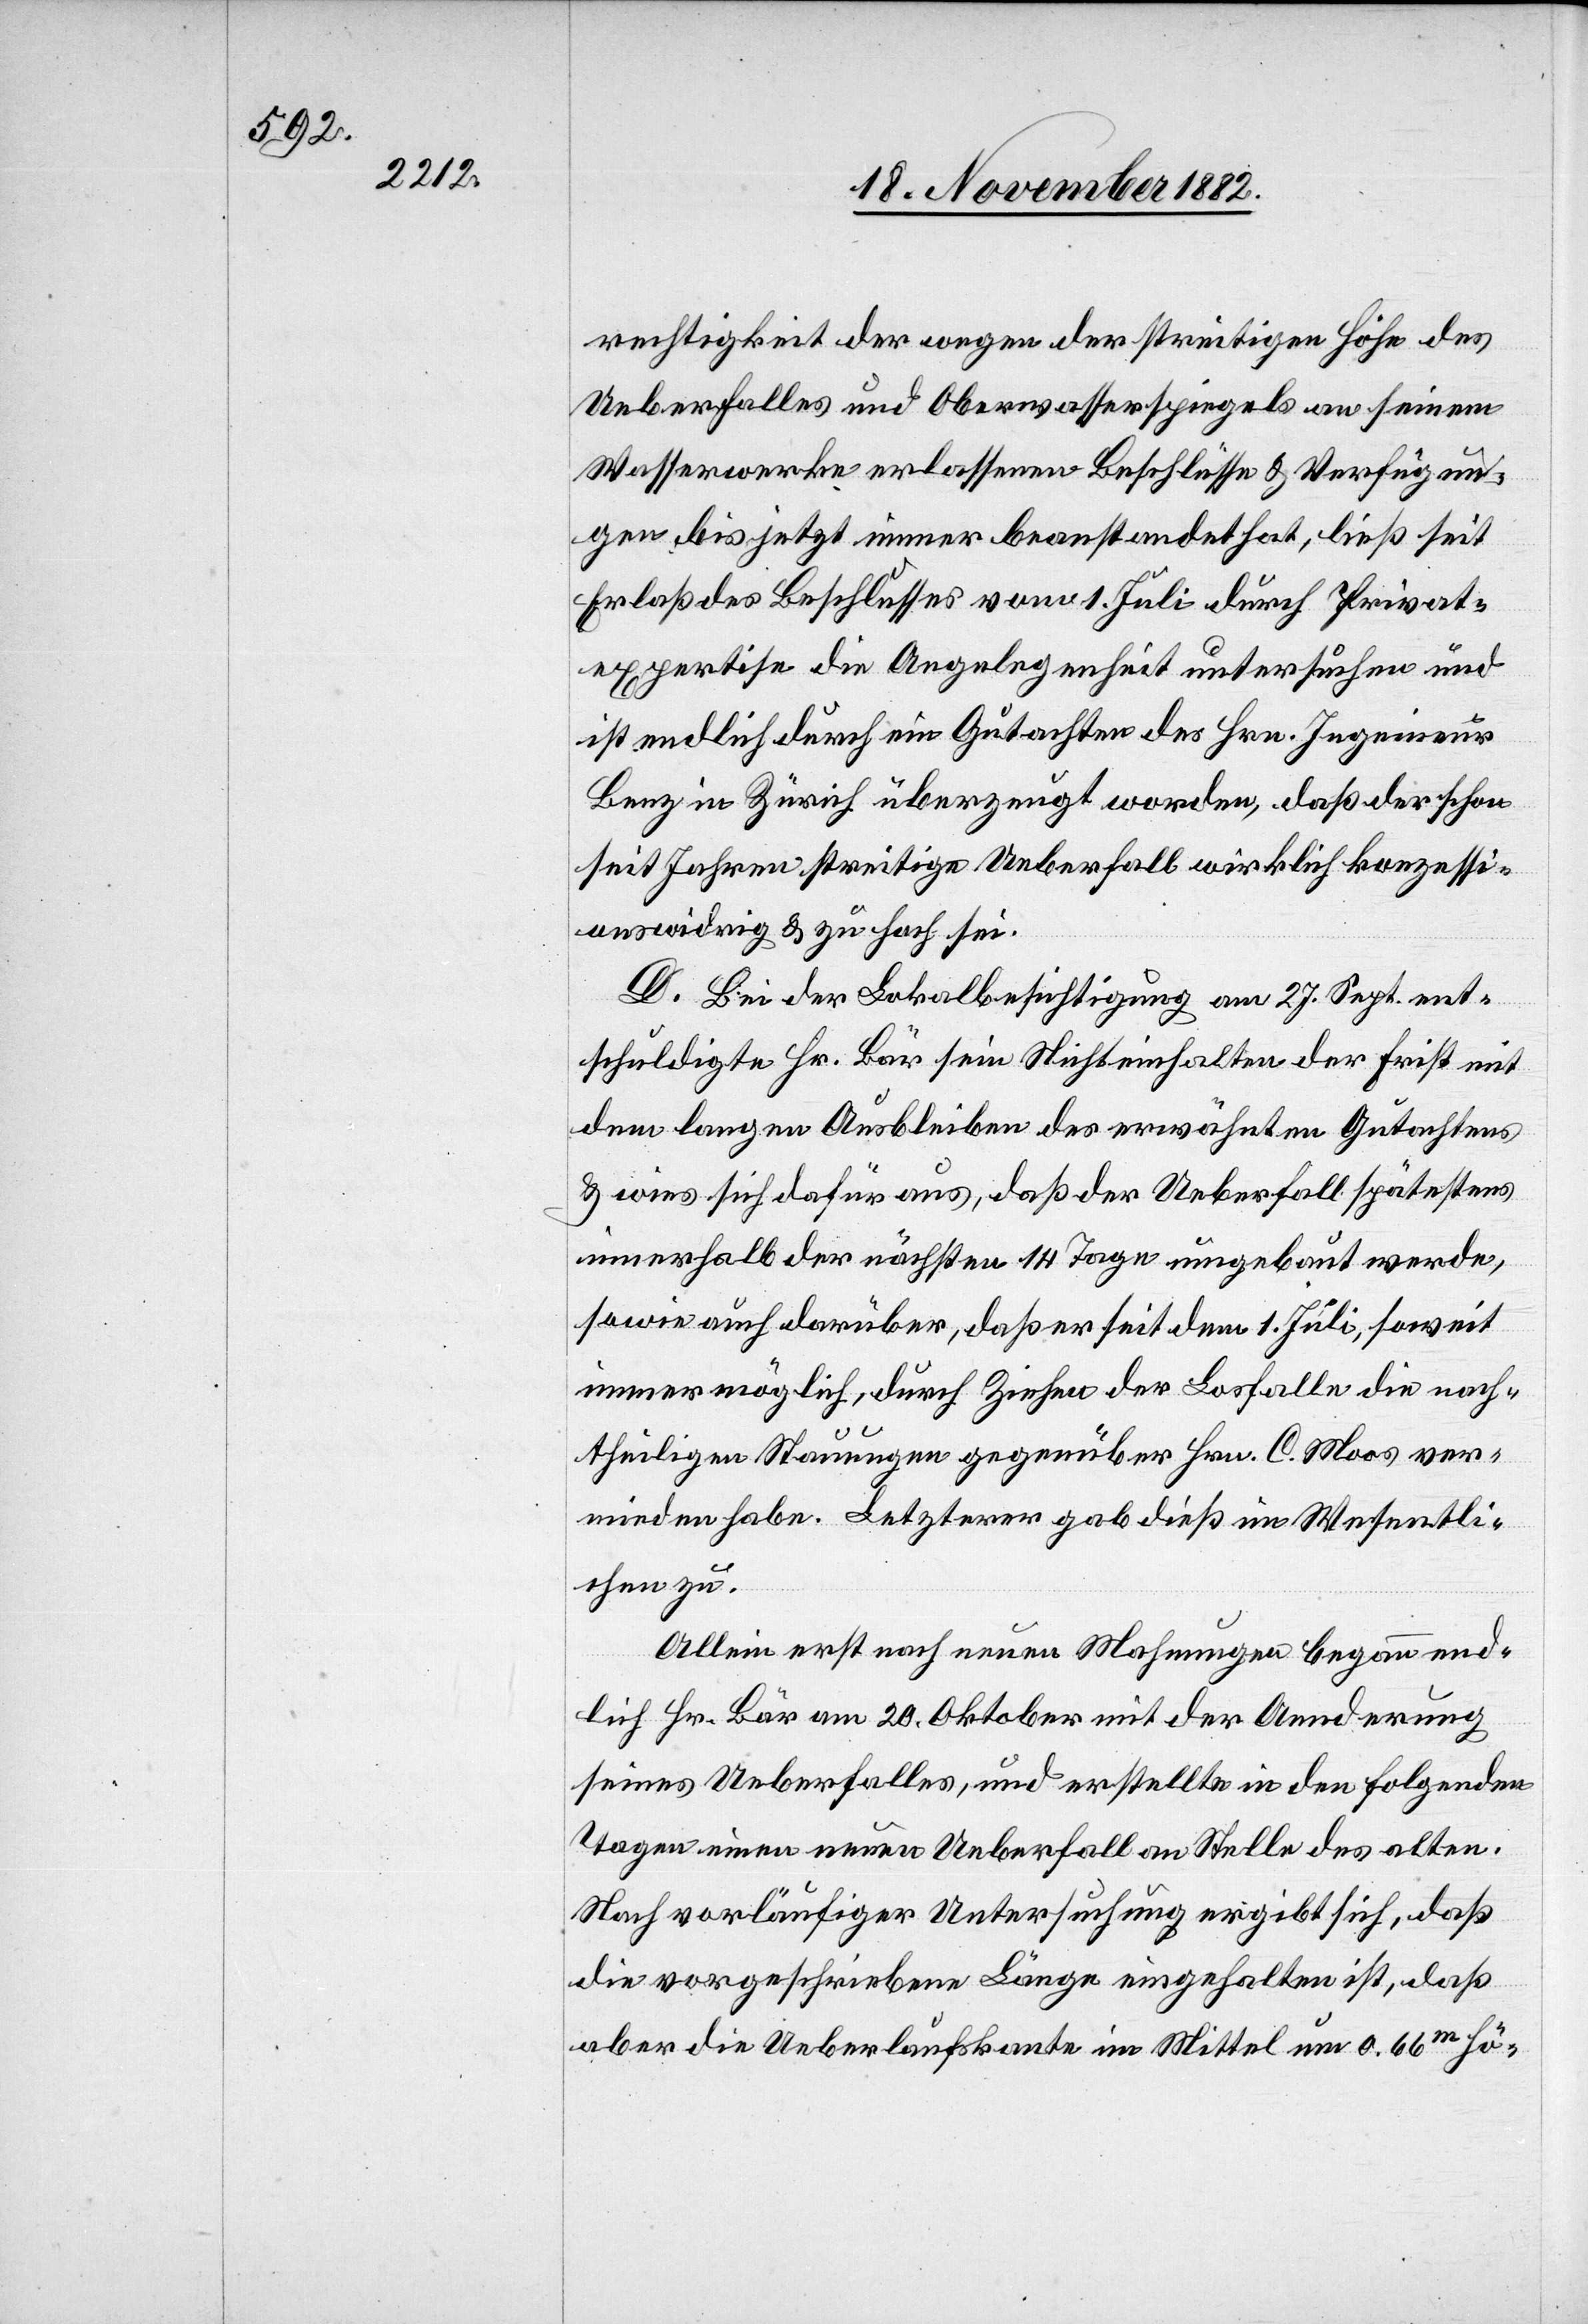
rechtigkeit der wegen der streitigen Höhe des
Ueberfalles und Oberwasserspiegels an seinem
Wasserwerke erlassenen Beschlüsse & Verfügun¬
gen bis jetzt immer beanstandet hat, ließ seit
Erlaß des Beschlusses vom 1. Juli durch Privat¬
expertise die Angelegenheit untersuchen und
ist endlich durch ein Gutachten des Hrn. Ingenieur
Benz in Zürich überzeugt worden, daß der schon
seit Jahren streitige Ueberfall wirklich konzessi¬
onswidrig & zu hoch sei.
D. Bei der Lokalbesichtigung am 27. Sept. ent¬
schuldigte Hr. Bär sein Nichteinhalten der Frist mit
dem langen Ausbleiben des erwähnten Gutachtens
& wies sich dafür aus, daß der Ueberfall spätestens
innerhalb der nächsten 14 Tage umgebaut werde,
sowie auch darüber, daß er seit dem 1. Juli, soweit
immer möglich, durch Ziehen der Losfalle die nach¬
theiligen Stauungen gegenüber Hrn. C. Moos ver¬
mieden habe. Letzterer gab dieß im Wesentli¬
chen zu.
Allein erst nach neuen Mahnungen begann end¬
lich Hr. Bär am 20. Oktober mit der Aenderung
seines Ueberfalles, und erstellte in den folgenden
Tagen einen neuen Ueberfall an Stelle des alten.
Nach vorläufiger Untersuchung ergibt sich, daß
die vorgeschriebene Länge eingehalten ist, daß
aber die Ueberlaufskante im Mittel um 0.66m hö-